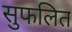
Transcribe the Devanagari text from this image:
सुफलित